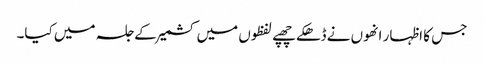
جس کا اظہار انھوں نے ڈھکے چھپے لفظوں میں کشمیر کے جلسہ میں کیا۔